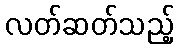
လတ်ဆတ်သည့်